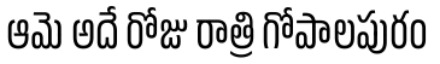
ఆమె అదే రోజు రాత్రి గోపాలపురం